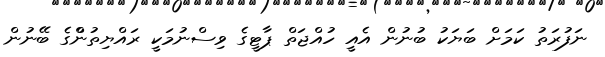
ނަފުރަތު ކަމަށް ބަޔަކު ބުނުން އެއީ ހުއްޖަތް ޕާޓީގެ ވިސްނުމަކީ ރައްޔިތުންްގެ ބޭނުން